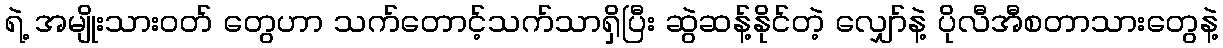
ရဲ့ အမျိုးသားဝတ် တွေဟာ သက်တောင့်သက်သာရှိပြီး ဆွဲဆန့်နိုင်တဲ့ လျှော်နဲ့ ပိုလီအီစတာသားတွေနဲ့